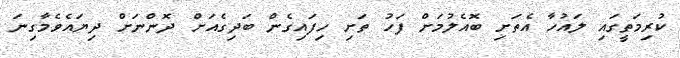
ކުރިމަތީގައި ލައުހާ އެތަށި ބޮއެލުމަށް ފަހު ތަށި ހިފައިގެން ބަދިގެއަށް ދޮންނަށް ދިޔައެވެމާގިނަ